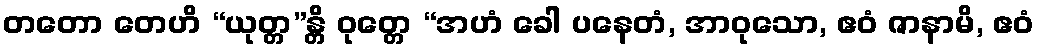
တတော တေဟိ “ယုတ္တ”န္တိ ဝုတ္တေ “အဟံ ခေါ ပနေတံ, အာဝုသော, ဧဝံ ဇာနာမိ, ဧဝံ